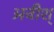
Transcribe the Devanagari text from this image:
अवीश्